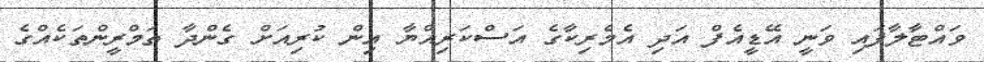
ވައްޓާލާފައި ވަނީ އޭޑީއެފް އަދި އެމެރިކާގެ އަސްކަރިއްޔާ އިން ކުރިއަށް ގެންދާ ތަމްރީންތަކެއްގެ